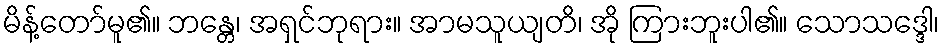
မိန့်တော်မူ၏။ ဘန္တေ၊ အရှင်ဘုရား။ အာမသူယျတိ၊ အို ကြားဘူးပါ၏။ သောသဒ္ဒေါ၊